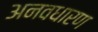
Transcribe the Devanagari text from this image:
अनवधारण